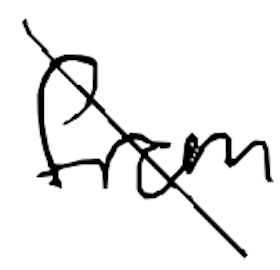
Text: from
Cross-out: diagonal
Writing tool: digital_black